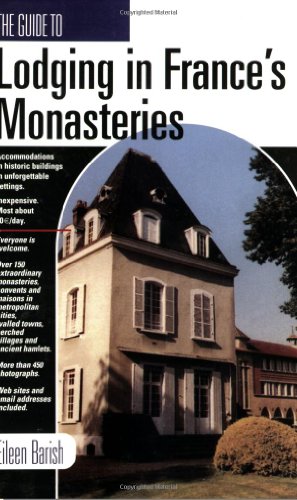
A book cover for The Guide to Lodging in France's Monasteries; Eileen Barish; Travel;